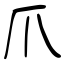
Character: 爪